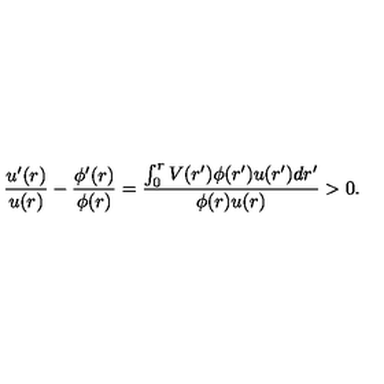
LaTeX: \frac { u ^ { \prime } ( r ) } { u ( r ) } - \frac { \phi ^ { \prime } ( r ) } { \phi ( r ) } = \frac { \int _ { 0 } ^ { r } V ( r ^ { \prime } ) \phi ( r ^ { \prime } ) u ( r ^ { \prime } ) d r ^ { \prime } } { \phi ( r ) u ( r ) } > 0 .